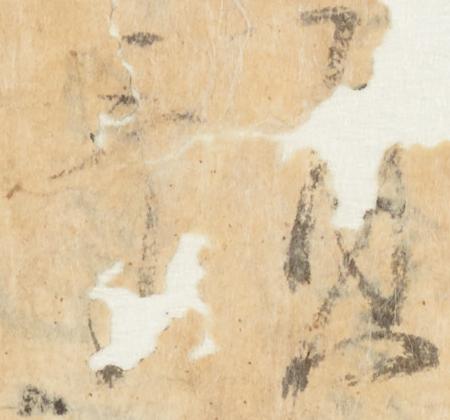
預